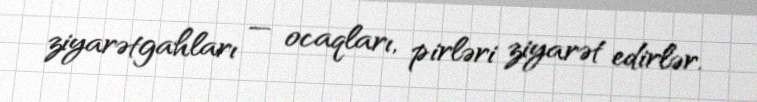
ziyarətgahları — ocaqları, pirləri ziyarət edirlər.